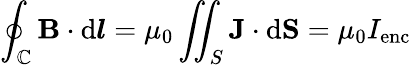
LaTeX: \oint_{\mathbb{C}}\mathbf{{B}}\cdot\mathrm{{d}}{\boldsymbol{l}}=\mu_{0}\iint_{S}\mathbf{{J}}\cdot\mathrm{{d}}\mathbf{{S}}=\mu_{0}I_{\mathrm{{enc}}}